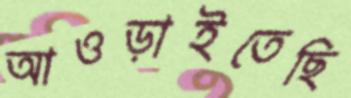
আওড়াইতেছি